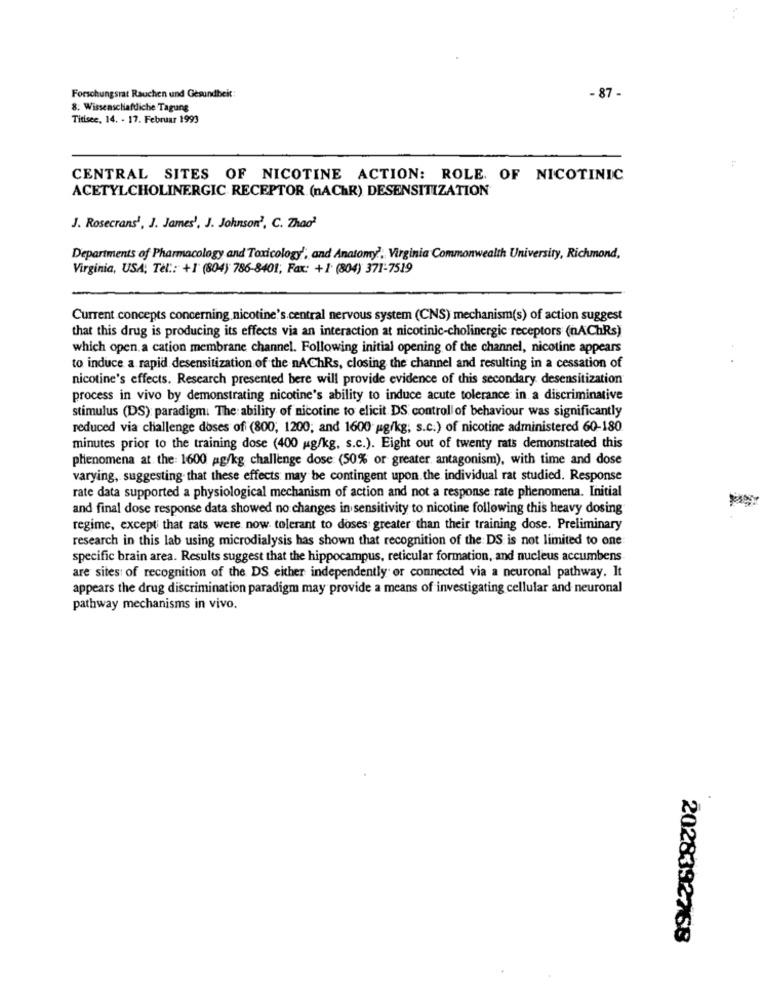
Forschungsrat Rauchen und Gesundheit:
- 87 -
8: Wissenschaftliche Tagung
Titisee, 14. - 17. Februar 1993
CENTRAL SITES OF NICOTINE ACTION: ROLE. OF NICOTINIC
ACETYLCHOLINERGIC RECEPTOR (nAChR) DESENSITIZATION
J. Rosecrans1, J. James', J. Johnson', C. Zhao'
Departments of Pharmacology and Toxicology', and Anatomy', Virginia Commonwealth University, Richmond,
Virginia, USA, Tel .: +1' (804) 786-8401; Fax: +1 (804) 371-7519
Current concepts concerning nicotine's central nervous system (CNS) mechanism(s) of action suggest
that this drug is producing its effects via an interaction at nicotinic-cholinergic receptors (nAChRs)
which open a cation membrane channel. Following initial opening of the channel, nicotine appears
to induce a rapid desensitization of the nAChRs, closing the channel and resulting in a cessation of
nicotine's effects. Research presented bere will provide evidence of this secondary desensitization
process in vivo by demonstrating nicotine's ability to induce acute tolerance in a discriminative
stimulus (DS): paradigm. The ability of nicotine to elicit DS control of behaviour was significantly
reduced via challenge doses of (800, 1200; and 1600 g/kg; s.c.) of nicotine administered 60-180
minutes prior to the training dose (400 ug/kg, s.c.). Eight out of twenty rats demonstrated this
phenomena at. the: 1600 ag/kg challenge dose (50% or greater antagonism), with time and dose
varying, suggesting that these effects may be contingent upon. the individual rat studied. Response
rate data supported a physiological mechanism of action and not a response rate phenomena. Initial
and final dose response data showed no changes in sensitivity to nicotine following this heavy dosing
regime, except that rats were now tolerant to doses greater than their training dose. Preliminary
research in this lab using microdialysis has shown that recognition of the DS is not limited to one
specific brain area. Results suggest that the hippocampus, reticular formation, and nucleus accumbens
are sites of recognition of the DS either independently or connected via a neuronal pathway. It
appears the drug discrimination paradigm may provide a means of investigating cellular and neuronal
pathway mechanisms in vivo.
2028392768